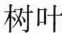
树叶